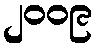
၂၀၀၉